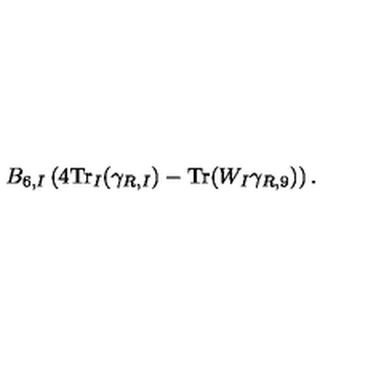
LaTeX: B _ { 6 , I } \left( 4 \mathrm { T r } _ { I } ( \gamma _ { R , I } ) - \mathrm { T r } ( W _ { I } \gamma _ { R , 9 } ) \right) .